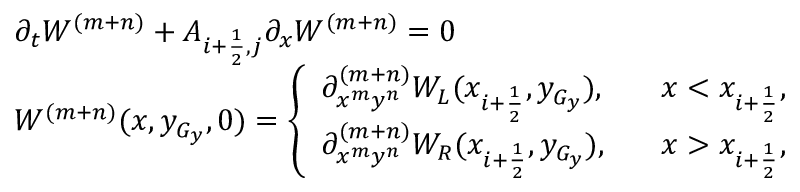
\begin{array} { l l } { \partial _ { t } W ^ { ( m + n ) } + A _ { i + \frac { 1 } { 2 } , j } \partial _ { x } W ^ { ( m + n ) } = 0 } \\ { W ^ { ( m + n ) } ( x , y _ { G _ { y } } , 0 ) = \left\{ \begin{array} { l l } { \partial _ { x ^ { m } y ^ { n } } ^ { ( m + n ) } W _ { L } ( x _ { i + \frac { 1 } { 2 } } , y _ { G _ { y } } ) , } & { \; \; \; x < x _ { i + \frac { 1 } { 2 } } , } \\ { \partial _ { x ^ { m } y ^ { n } } ^ { ( m + n ) } W _ { R } ( x _ { i + \frac { 1 } { 2 } } , y _ { G _ { y } } ) , } & { \; \; \; x > x _ { i + \frac { 1 } { 2 } } , } \end{array} \right. } \end{array}